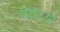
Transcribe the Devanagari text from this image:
गया।२८